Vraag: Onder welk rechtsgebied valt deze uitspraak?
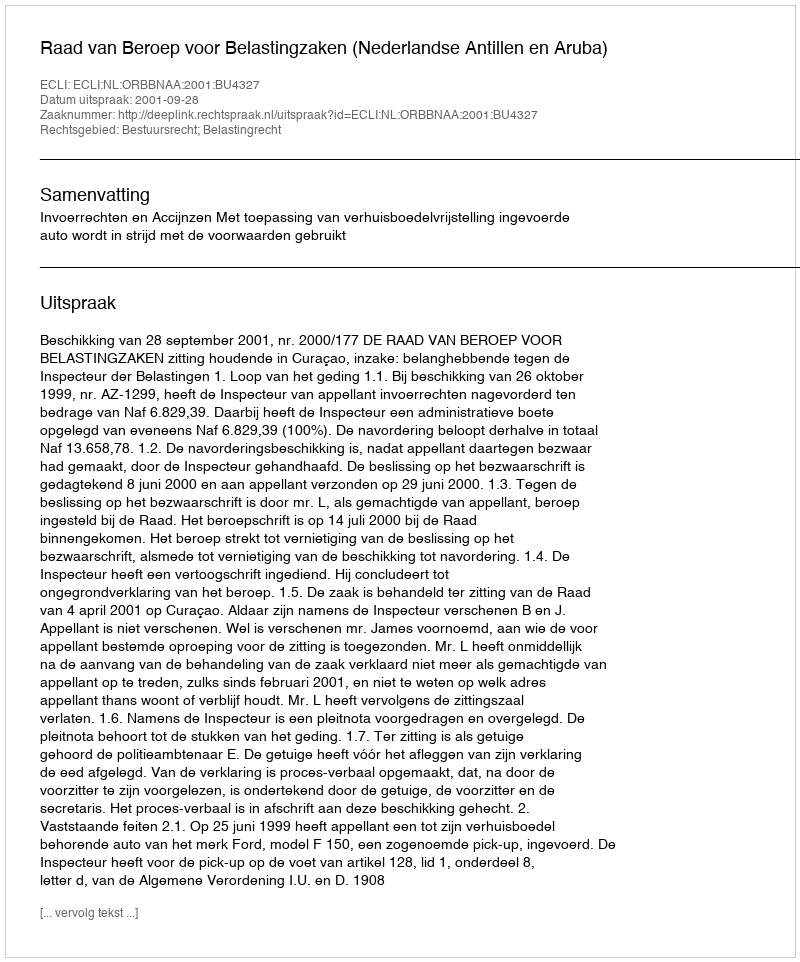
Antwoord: Bestuursrecht; Belastingrecht